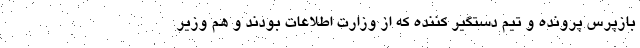
بازپرس پرونده و تیم دستگیر کننده که از وزارت اطلاعات بودند و هم وزیر